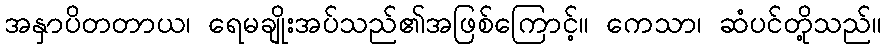
အနှာပိတတာယ၊ ရေမချိုးအပ်သည်၏အဖြစ်ကြောင့်။ ကေသာ၊ ဆံပင်တို့သည်။